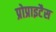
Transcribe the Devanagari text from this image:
प्रोप्राइटैस